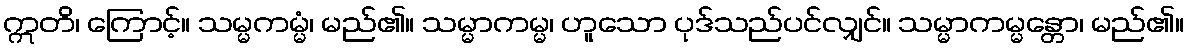
ဣတိ၊ ကြောင့်။ သမ္မကမ္မံ၊ မည်၏။ သမ္မာကမ္မ၊ ဟူသော ပုဒ်သည်ပင်လျှင်။ သမ္မာကမ္မန္တော၊ မည်၏။